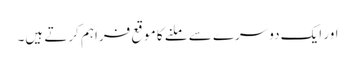
اور ایک دوسرے سے ملنے کا موقع فراہم کرتے ہیں۔